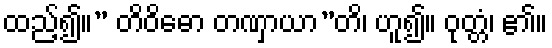
ထည့်၍။” တိဝိဓော တဏှာယာ”တိ၊ ဟူ၍။ ဝုတ္တံ၊ ၏။